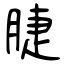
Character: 脻